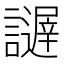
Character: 𧭋